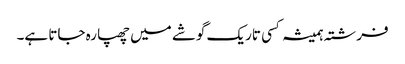
فرشتہ ہمیشہ کسی تاریک گوشے میں چھپا رہ جاتا ہے۔